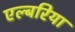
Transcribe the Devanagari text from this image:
एल्बरिया